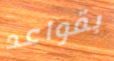
بقواعد